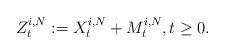
LaTeX: \begin{align*}Z^{i, N}_t := X^{i, N}_t + M^{i, N}_t, t\geq 0.\end{align*}